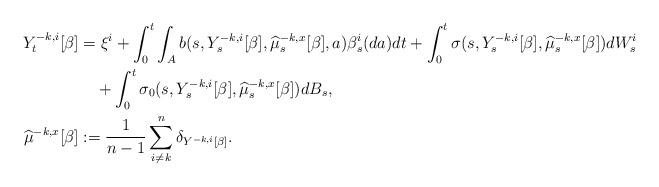
LaTeX: \begin{align*}Y^{-k,i}_t[\beta] &= \xi^i + \int_0^t\int_Ab(s,Y^{-k,i}_s[\beta],\widehat{\mu}^{-k,x}_s[\beta],a)\beta^i_s(da)dt + \int_0^t\sigma(s,Y^{-k,i}_s[\beta],\widehat{\mu}^{-k,x}_s[\beta])dW^i_s \\&\quad+ \int_0^t\sigma_0(s,Y^{-k,i}_s[\beta],\widehat{\mu}^{-k,x}_s[\beta])dB_s, \\\widehat{\mu}^{-k,x}[\beta] &:= \frac{1}{n-1}\sum_{i \neq k}^n\delta_{Y^{-k,i}[\beta]}.\end{align*}